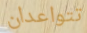
تتواعدان